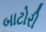
બાટોરી